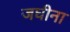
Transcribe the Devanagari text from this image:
जघीना